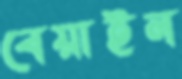
বেয়াইন